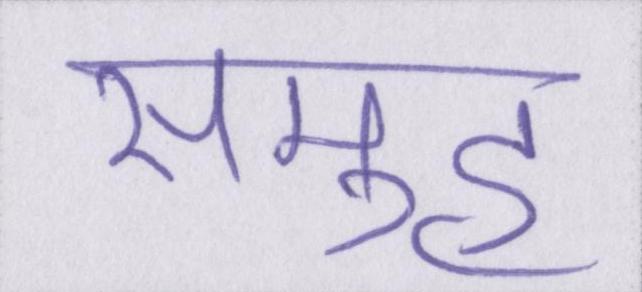
समुह